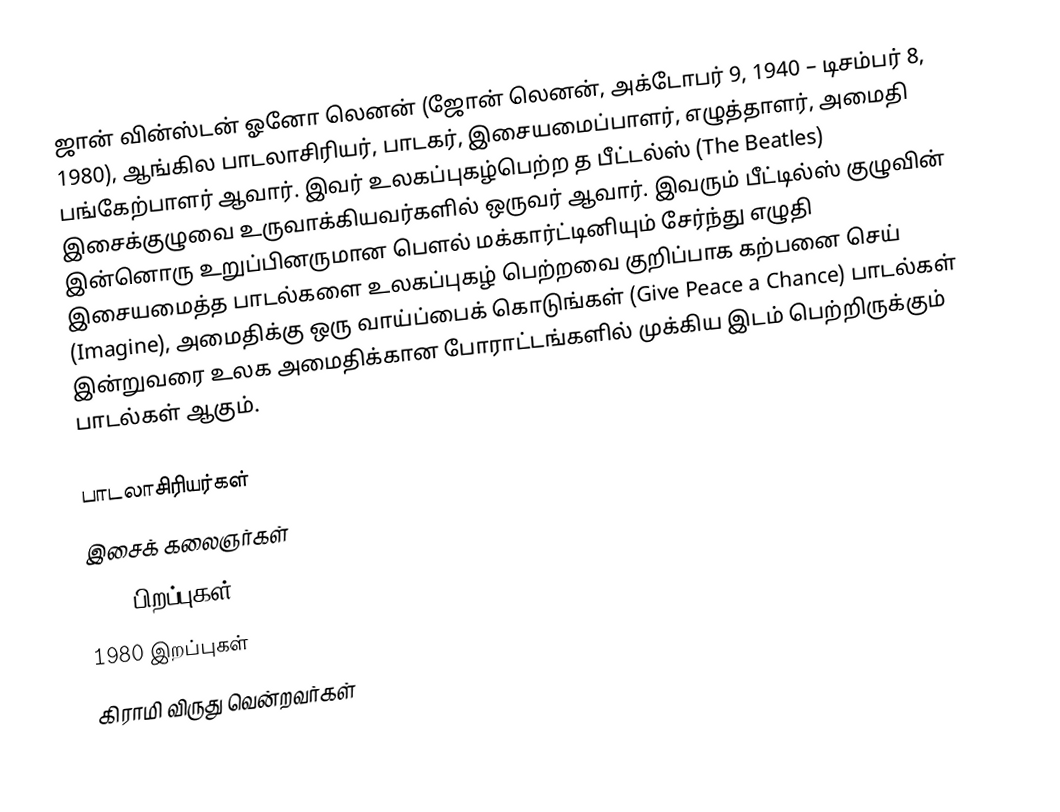
ஜான் வின்ஸ்டன் ஓனோ லெனன் (ஜோன் லெனன், அக்டோபர் 9, 1940 – டிசம்பர் 8, 1980), ஆங்கில பாடலாசிரியர், பாடகர், இசையமைப்பாளர், எழுத்தாளர், அமைதி பங்கேற்பாளர் ஆவார். இவர் உலகப்புகழ்பெற்ற த பீட்டல்ஸ் (The Beatles) இசைக்குழுவை உருவாக்கியவர்களில் ஒருவர் ஆவார். இவரும் பீட்டில்ஸ் குழுவின் இன்னொரு உறுப்பினருமான பௌல் மக்கார்ட்டினியும் சேர்ந்து எழுதி இசையமைத்த பாடல்களை உலகப்புகழ் பெற்றவை குறிப்பாக கற்பனை செய் (Imagine), அமைதிக்கு ஒரு வாய்ப்பைக் கொடுங்கள் (Give Peace a Chance) பாடல்கள் இன்றுவரை உலக அமைதிக்கான போராட்டங்களில் முக்கிய இடம் பெற்றிருக்கும் பாடல்கள் ஆகும்.

பாடலாசிரியர்கள்
இசைக் கலைஞர்கள்
1940 பிறப்புகள்
1980 இறப்புகள்
கிராமி விருது வென்றவர்கள்